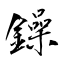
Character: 鐰